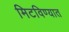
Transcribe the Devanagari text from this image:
मिटविण्यात